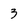
Character: 3